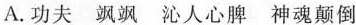
A.功夫 飒飒 沁人心脾 神魂颠倒